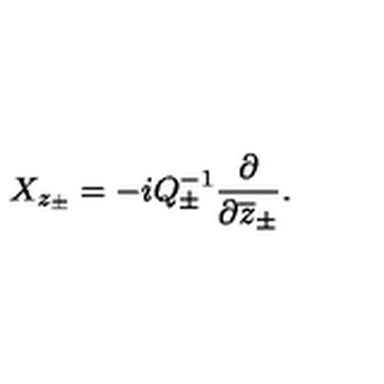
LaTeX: X _ { z _ { \pm } } = - i Q _ { \pm } ^ { - 1 } \displaystyle \frac { \partial } { \partial \overline { { z } } _ { \pm } } .